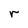
Character: r